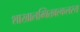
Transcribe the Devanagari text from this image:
शाखालम्बितवल्कलस्य